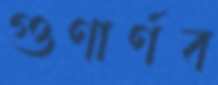
গুণার্ণব